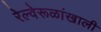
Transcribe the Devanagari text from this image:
रेल्वेरूळांखाली